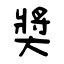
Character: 奬